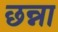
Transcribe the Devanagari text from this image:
छन्ना